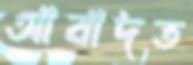
আবাদত